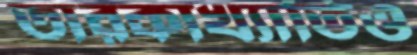
তারকাখ্যাতিও